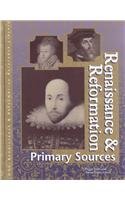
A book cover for Renaissance and Reformation Reference Library 5 Vol. Set and Index; Julie L. Carnagie; Teen & Young Adult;